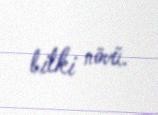
bitki növü.